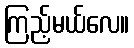
ကြည့်မယ်လေ။